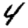
Digit: 4